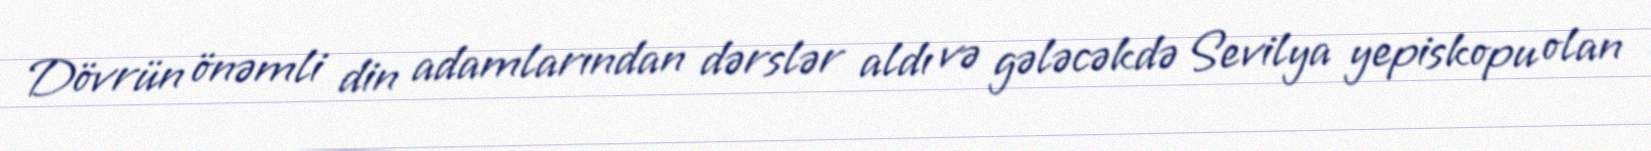
Dövrün önəmli din adamlarından dərslər aldı və gələcəkdə Sevilya yepiskopu olan